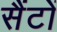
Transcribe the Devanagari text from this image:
सैंटों